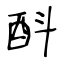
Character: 酙